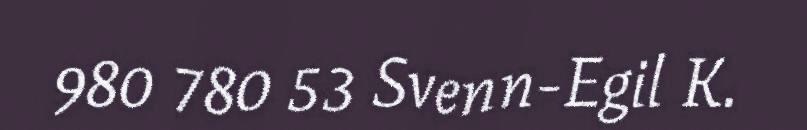
980 780 53 Svenn-Egil K.